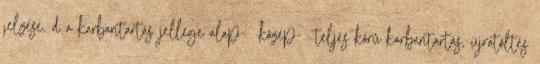
jelzése, d a karbantartás jellege alap- közép- teljes körû karbantartás, újratöltés